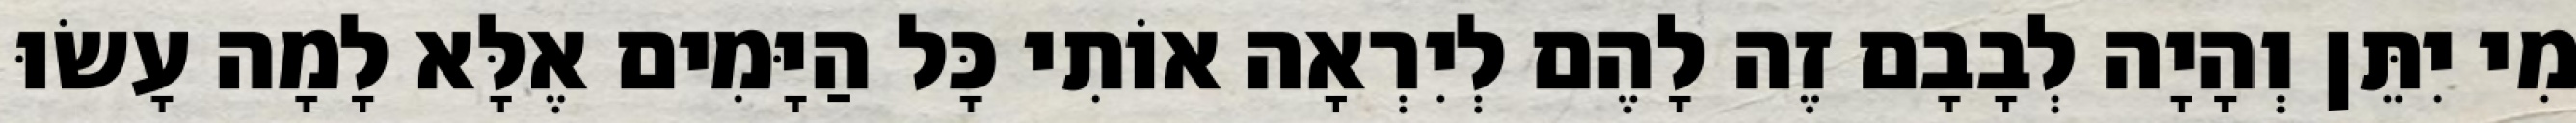
מִי יִתֵּן וְהָיָה לְבָבָם זֶה לָהֶם לְיִרְאָה אוֹתִי כָּל הַיָּמִים אֶלָּא לָמָה עָשׂוּ